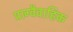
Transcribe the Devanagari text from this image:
प्राग्वैवाहिक